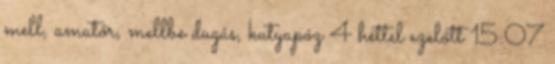
mell, amatőr, mellbe dugás, kutyapóz 4 héttel ezelőtt 15:07